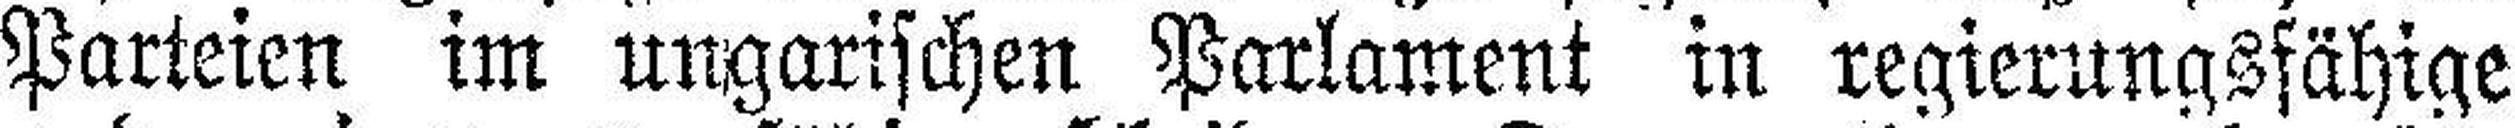
Parteien im ungarischen Parlament in regierungsfähige